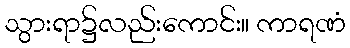
သွားရာ၌လည်းကောင်း။ ကာရဏံ